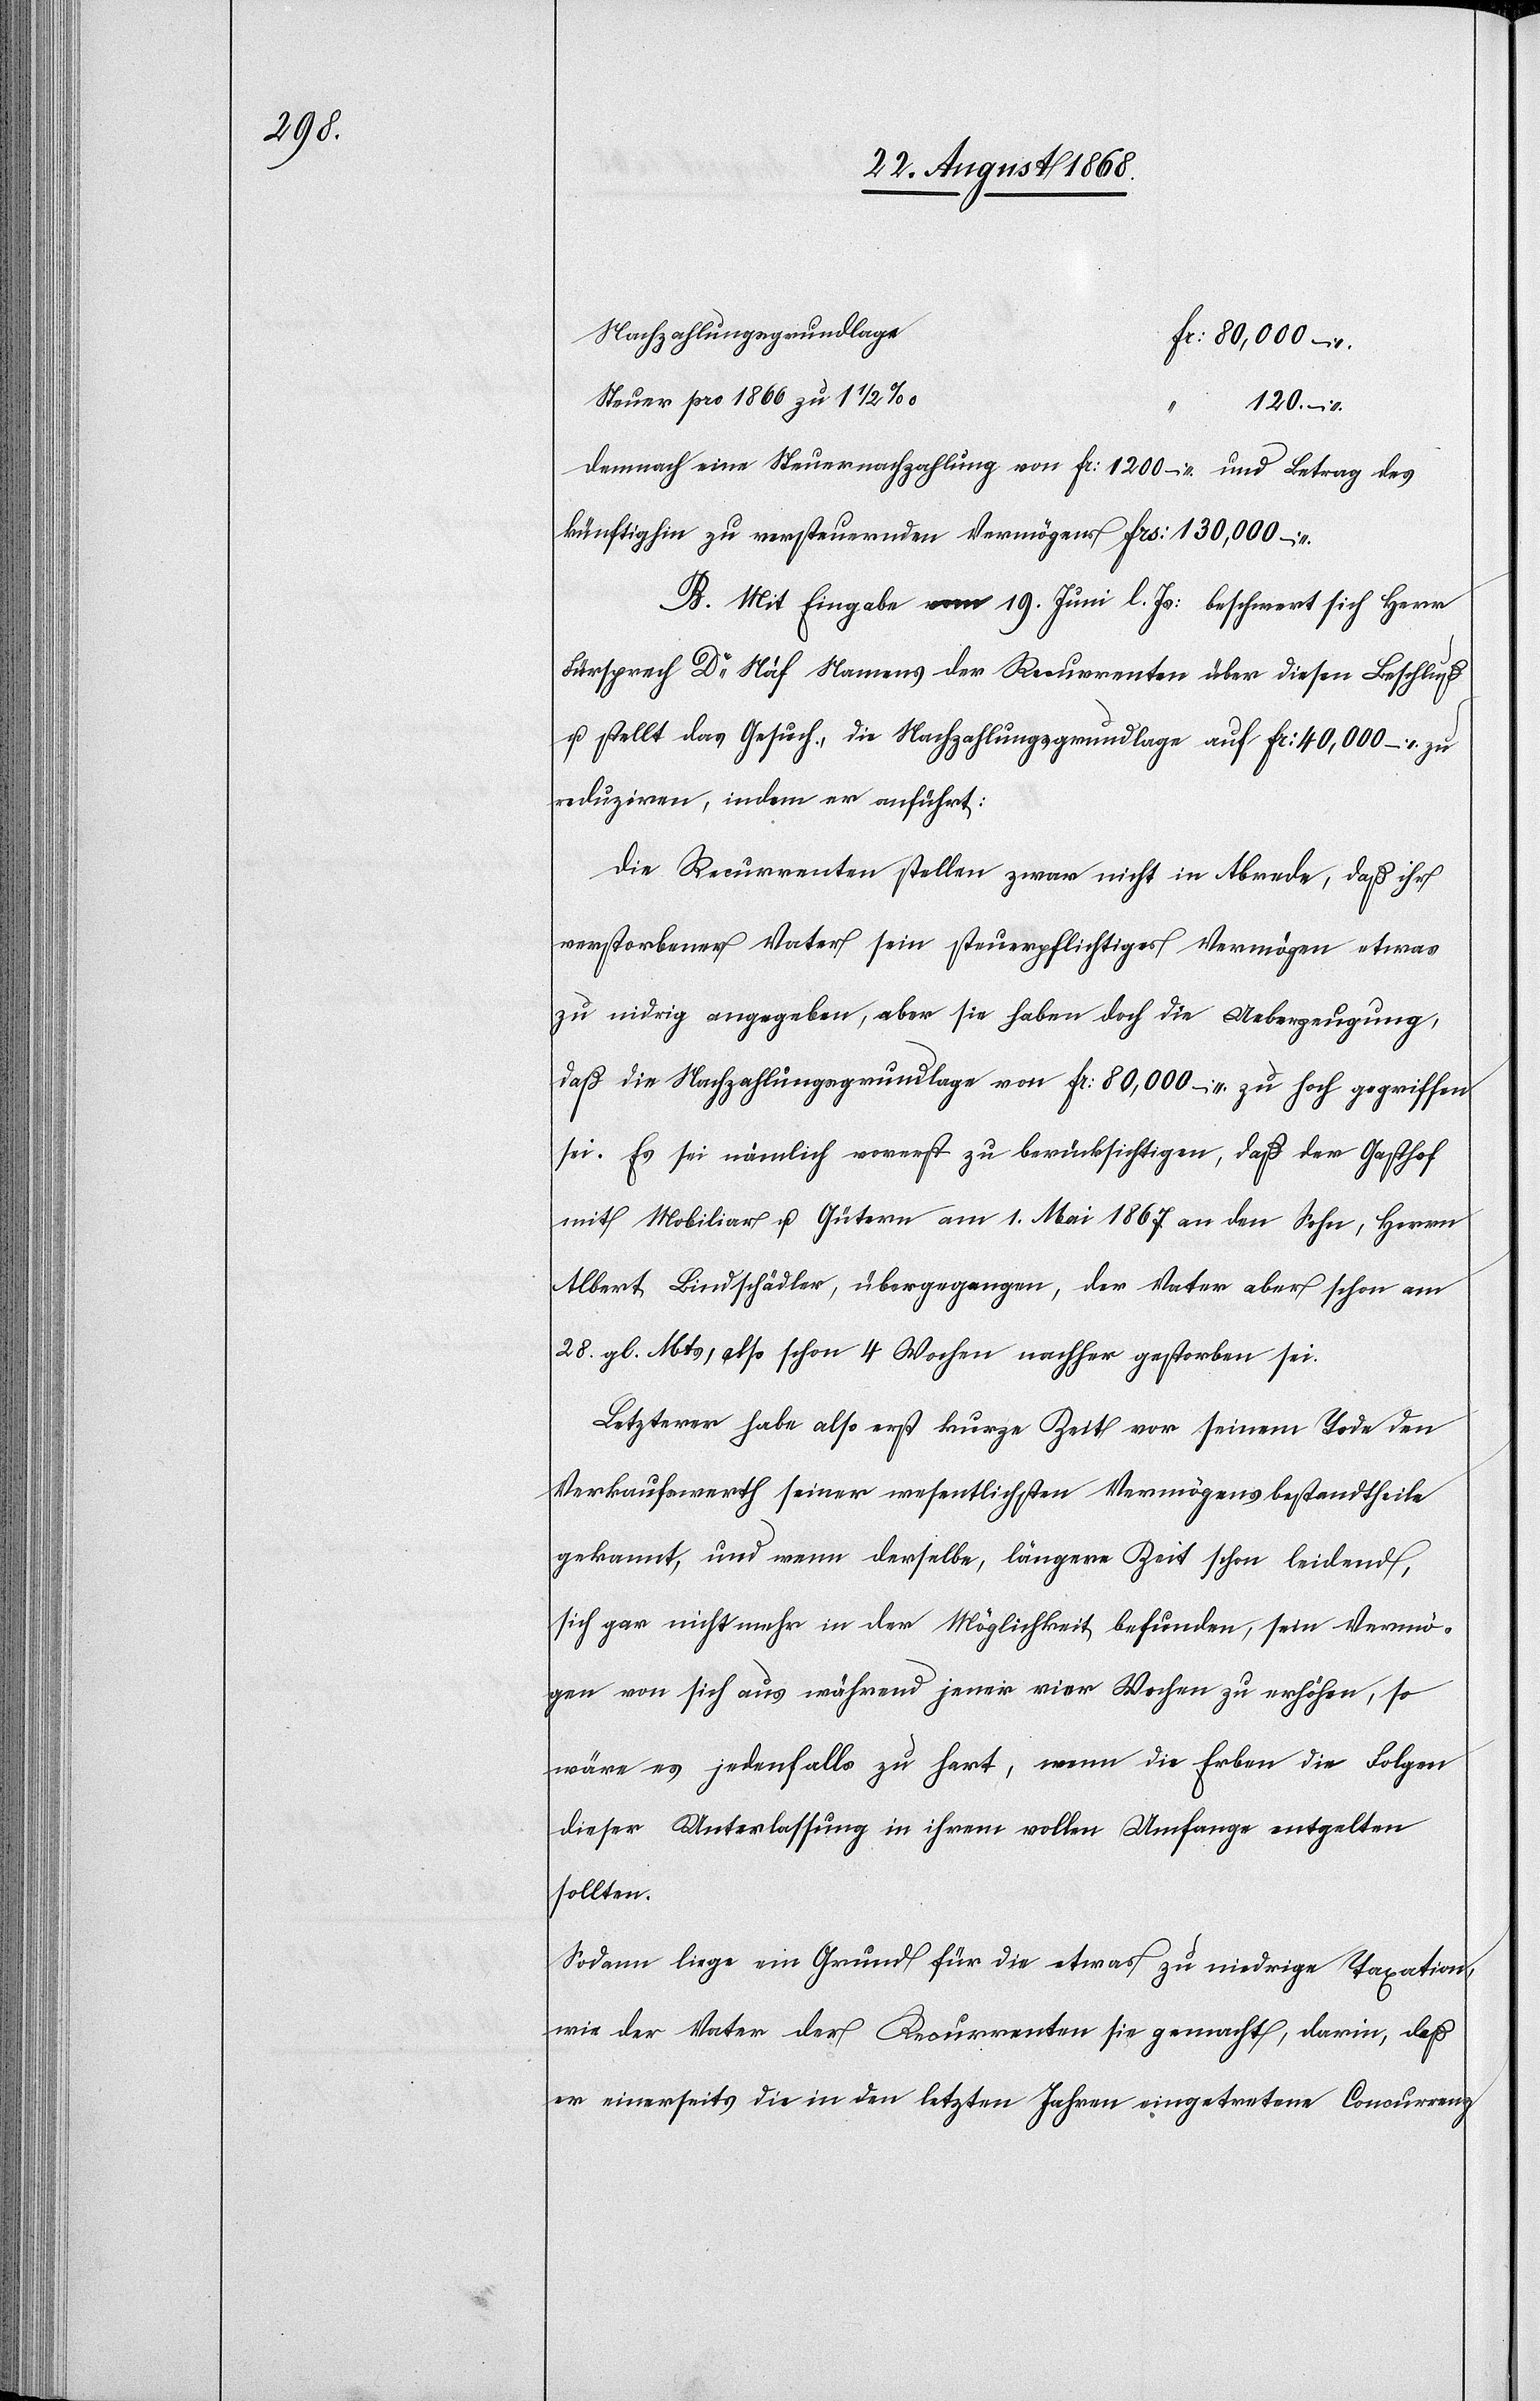
Nachzahlungsgrundlage
Fr: 80,000. –
Steuer pro 1866 zu 1 1/2
120. –
Demnach eine Steuernachzahlung von Fr: 1200 – und Betrag des
künftighin zu versteuernden Vermögens Frs: 130,000 –
B. Mit Eingabe vom 19. Juni l. Js: beschwert sich Herr
Fürsprech Dr Näf Namens der Recurrenten über diesen Beschluß
u. stellt das Gesuch, die Nachzahlungsgrundlage auf Fr: 40,000 – zu
reduziren, indem er anführt:
Die Recurrenten stellen zwar nicht in Abrede, daß ihr
verstorbener Vater sein steuerpflichtiges Vermögen etwas
zu ni[e]drig angegeben, aber sie haben doch die Ueberzeugung,
daß die Nachzahlungsgrundlage von Fr: 80,000 – zu hoch gegriffen
sei. Es sei nämlich vorerst zu berücksichtigen, daß der Gasthof
mit Mobiliar u. Gütern am 1. Mai 1867 an den Sohn, Herrn
Albert Bindschädler, übergegangen, der Vater aber schon am
28. gl. Mts, also schon 4 Wochen nachher gestorben sei.
Letzterer habe also erst kurze Zeit vor seinem Tode den
Verkaufswerth seiner wesentlichsten Vermögensbestandtheile
gekannt, und wenn derselbe, längere Zeit schon leidend,
sich gar nicht mehr in der Möglichkeit befunden, sein Vermö¬
gen von sich aus während jener vier Wochen zu erhöhen, so
wäre es jedenfalls zu hart, wenn die Erben die Folgen
dieser Unterlassung in ihrem vollen Umfange entgelten
sollten.
Sodann liege ein Grund für die etwas zu niedrige Taxation,
wie der Vater der Recurrenten sie gemacht, darin, daß
er einerseits die in den letzten Jahren eingetretene Concurrenz